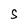
Character: S